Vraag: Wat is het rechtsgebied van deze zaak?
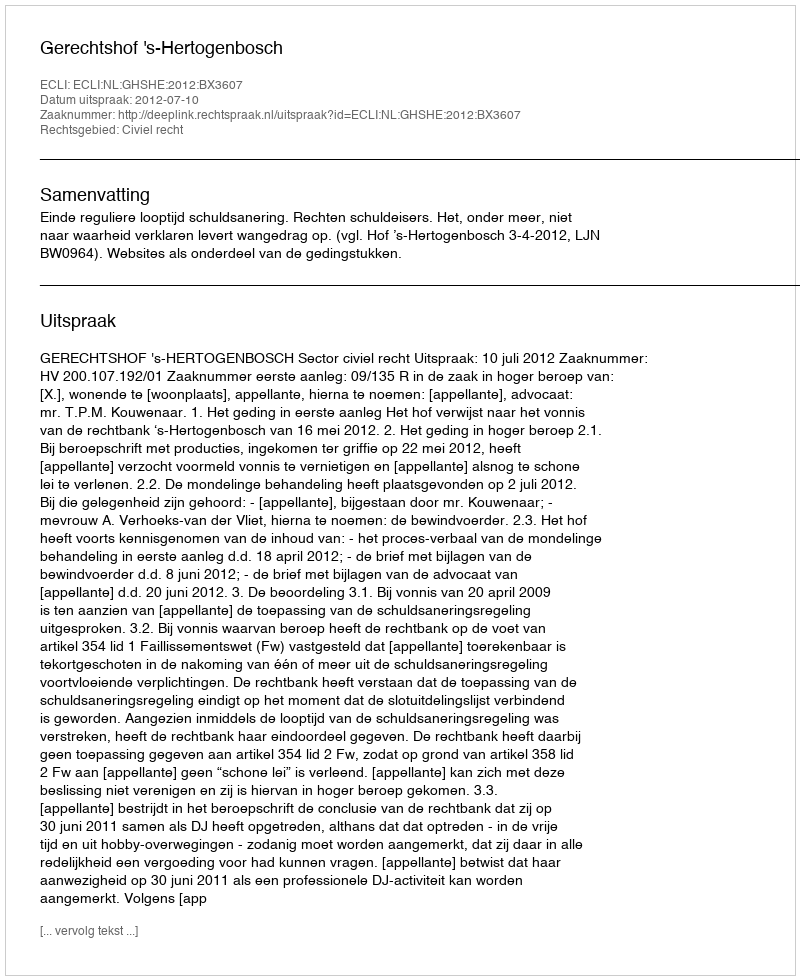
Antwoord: Civiel recht